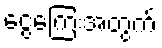
ငွေကြေးအတွက်